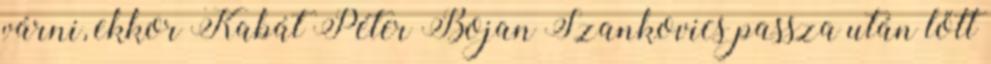
várni, ekkor Kabát Péter Bojan Szankovics passza után lőtt